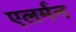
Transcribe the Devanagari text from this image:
एलर्मन